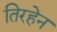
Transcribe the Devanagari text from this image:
तिरहेन